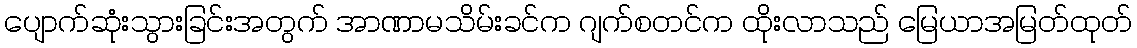
ပျောက်ဆုံးသွားခြင်းအတွက် အာဏာမသိမ်းခင်က ဂျက်စတင်က ထိုးလာသည် မြေယာအမြတ်ထုတ်